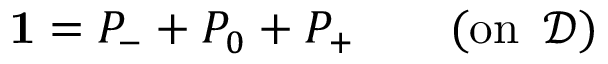
\mathbf { 1 } = P _ { - } + P _ { 0 } + P _ { + } \quad \quad ( \mathrm { o n \, \ } \mathcal { D } )